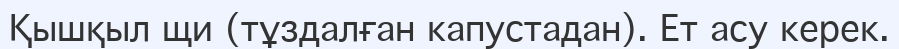
Қышқыл щи (тұздалған капустадан). Ет асу керек.